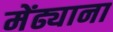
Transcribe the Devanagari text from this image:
मेंढ्याना